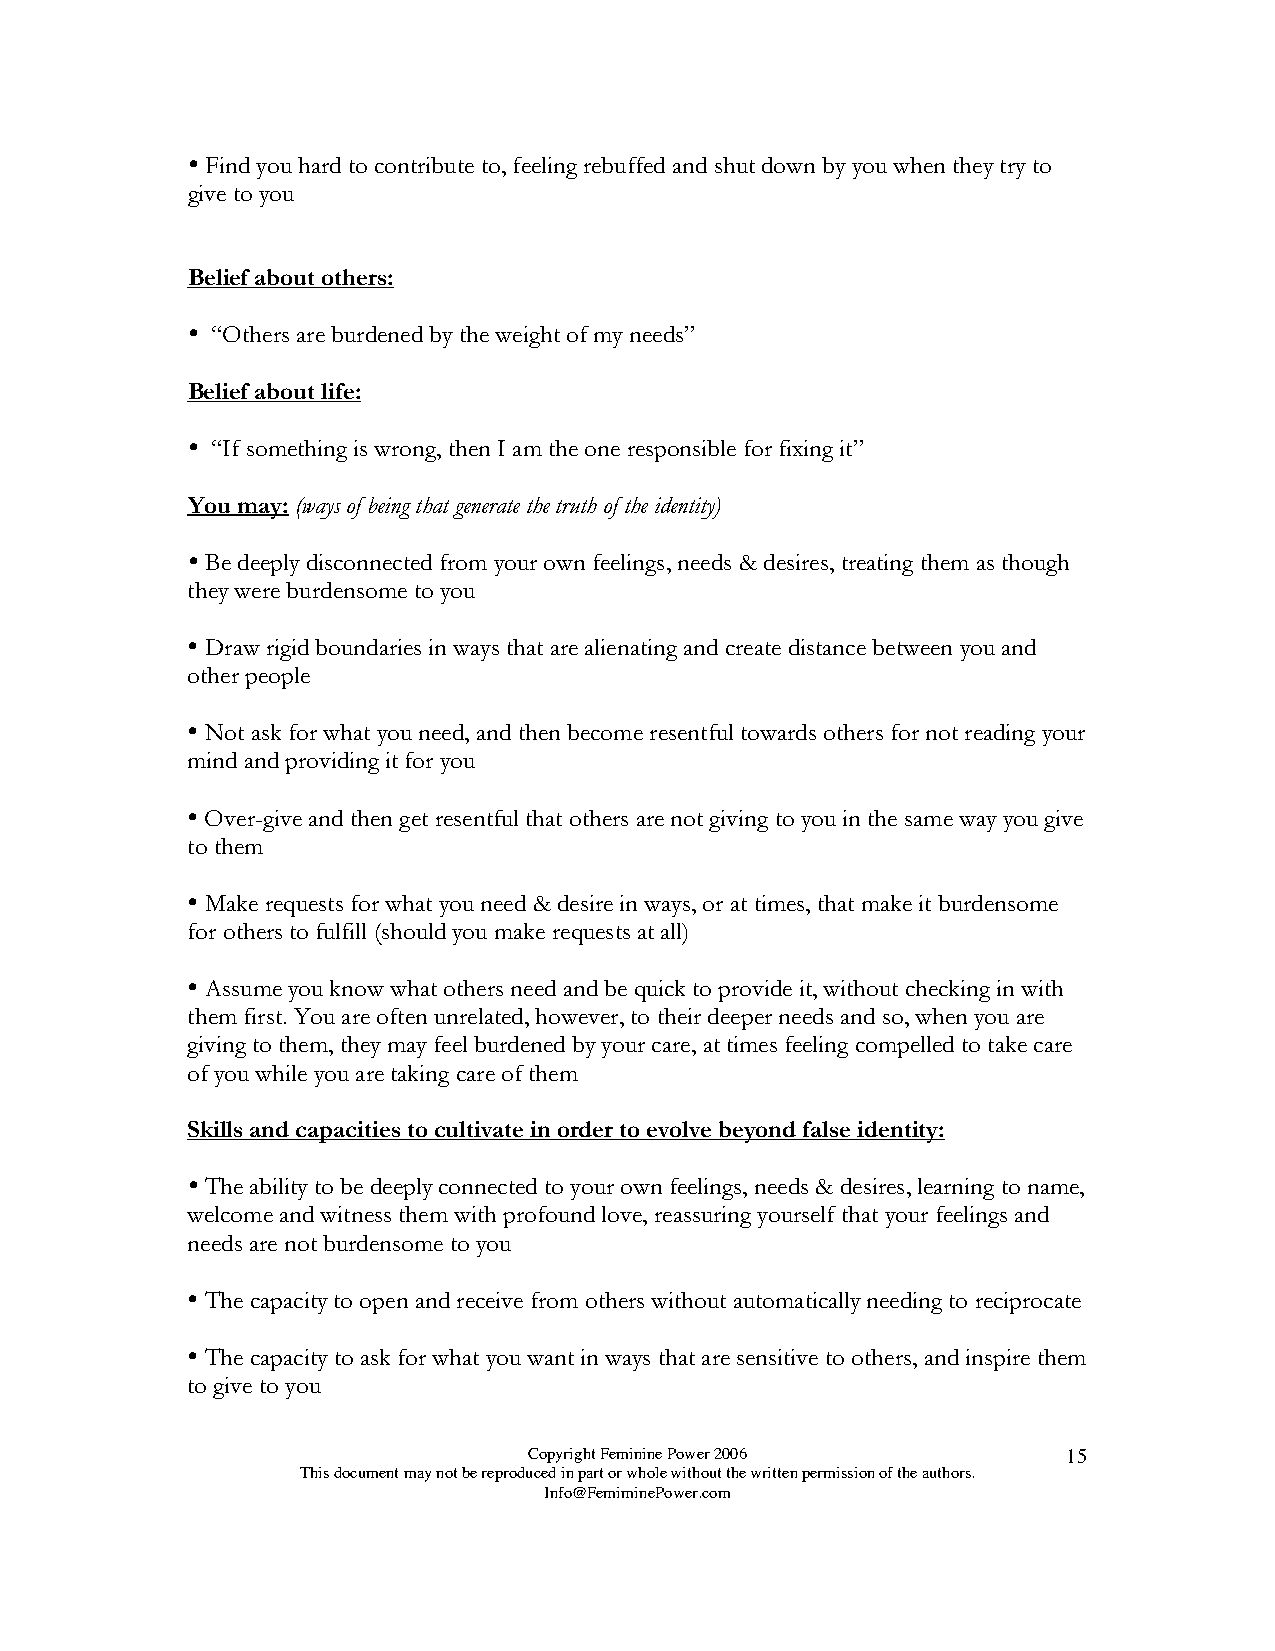

 Find you hard to contribute to, feeling rebuffed and shut down by you when they try to
 give to you
 Belief about others:
 
 “Others are burdened by the weight of my needs”
 Belief about life:
 
 “If something is wrong, then I am the one responsible for fixing it”
 You may: (ways of being that generate the truth of the identity)
 
 Be deeply disconnected from your own feelings, needs & desires, treating them as though
 they were burdensome to you
 
 Draw rigid boundaries in ways that are alienating and create distance between you and
 other people
 
 Not ask for what you need, and then become resentful towards others for not reading your
 mind and providing it for you
 
 Over-give and then get resentful that others are not giving to you in the same way you give
 to them
 
 Make requests for what you need & desire in ways, or at times, that make it burdensome
 for others to fulfill (should you make requests at all)
 
 Assume you know what others need and be quick to provide it, without checking in with
 them first. You are often unrelated, however, to their deeper needs and so, when you are
 giving to them, they may feel burdened by your care, at times feeling compelled to take care
 of you while you are taking care of them
 Skills and capacities to cultivate in order to evolve beyond false identity:
 
 The ability to be deeply connected to your own feelings, needs & desires, learning to name,
 welcome and witness them with profound love, reassuring yourself that your feelings and
 needs are not burdensome to you
 
 The capacity to open and receive from others without automatically needing to reciprocate
 
 The capacity to ask for what you want in ways that are sensitive to others, and inspire them
 to give to you
 Copyright Feminine Power 2006       15
 This document may not be reproduced in part or whole without the written permission of the authors.
 Info@FemiminePower.com